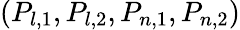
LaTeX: (P_{l,1},P_{l,2},P_{n,1},P_{n,2})